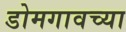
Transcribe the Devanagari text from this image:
डोमगावच्या